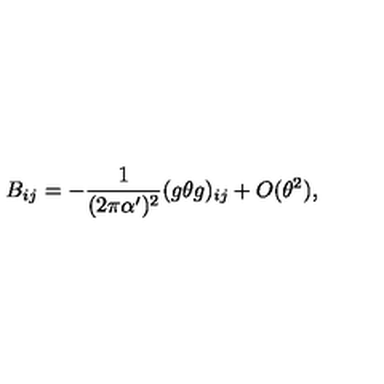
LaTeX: B _ { i j } = - \frac { 1 } { ( 2 \pi \alpha ^ { \prime } ) ^ { 2 } } ( g \theta g ) _ { i j } + O ( \theta ^ { 2 } ) ,